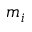
m _ { i }